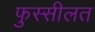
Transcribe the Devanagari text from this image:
फुस्सीलत